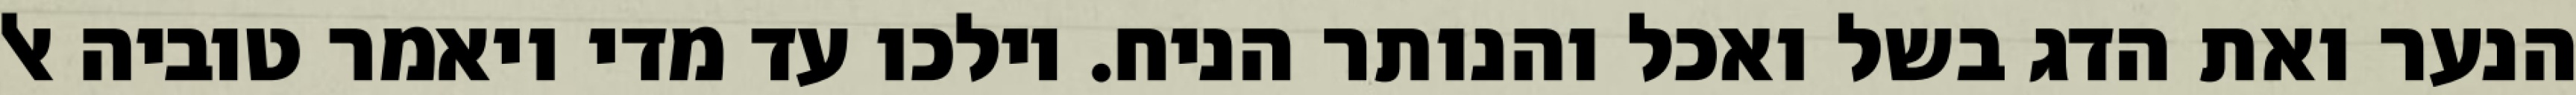
הנער ואת הדג בשל ואכל והנותר הניח. וילכו עד מדי ויאמר טוביה אל